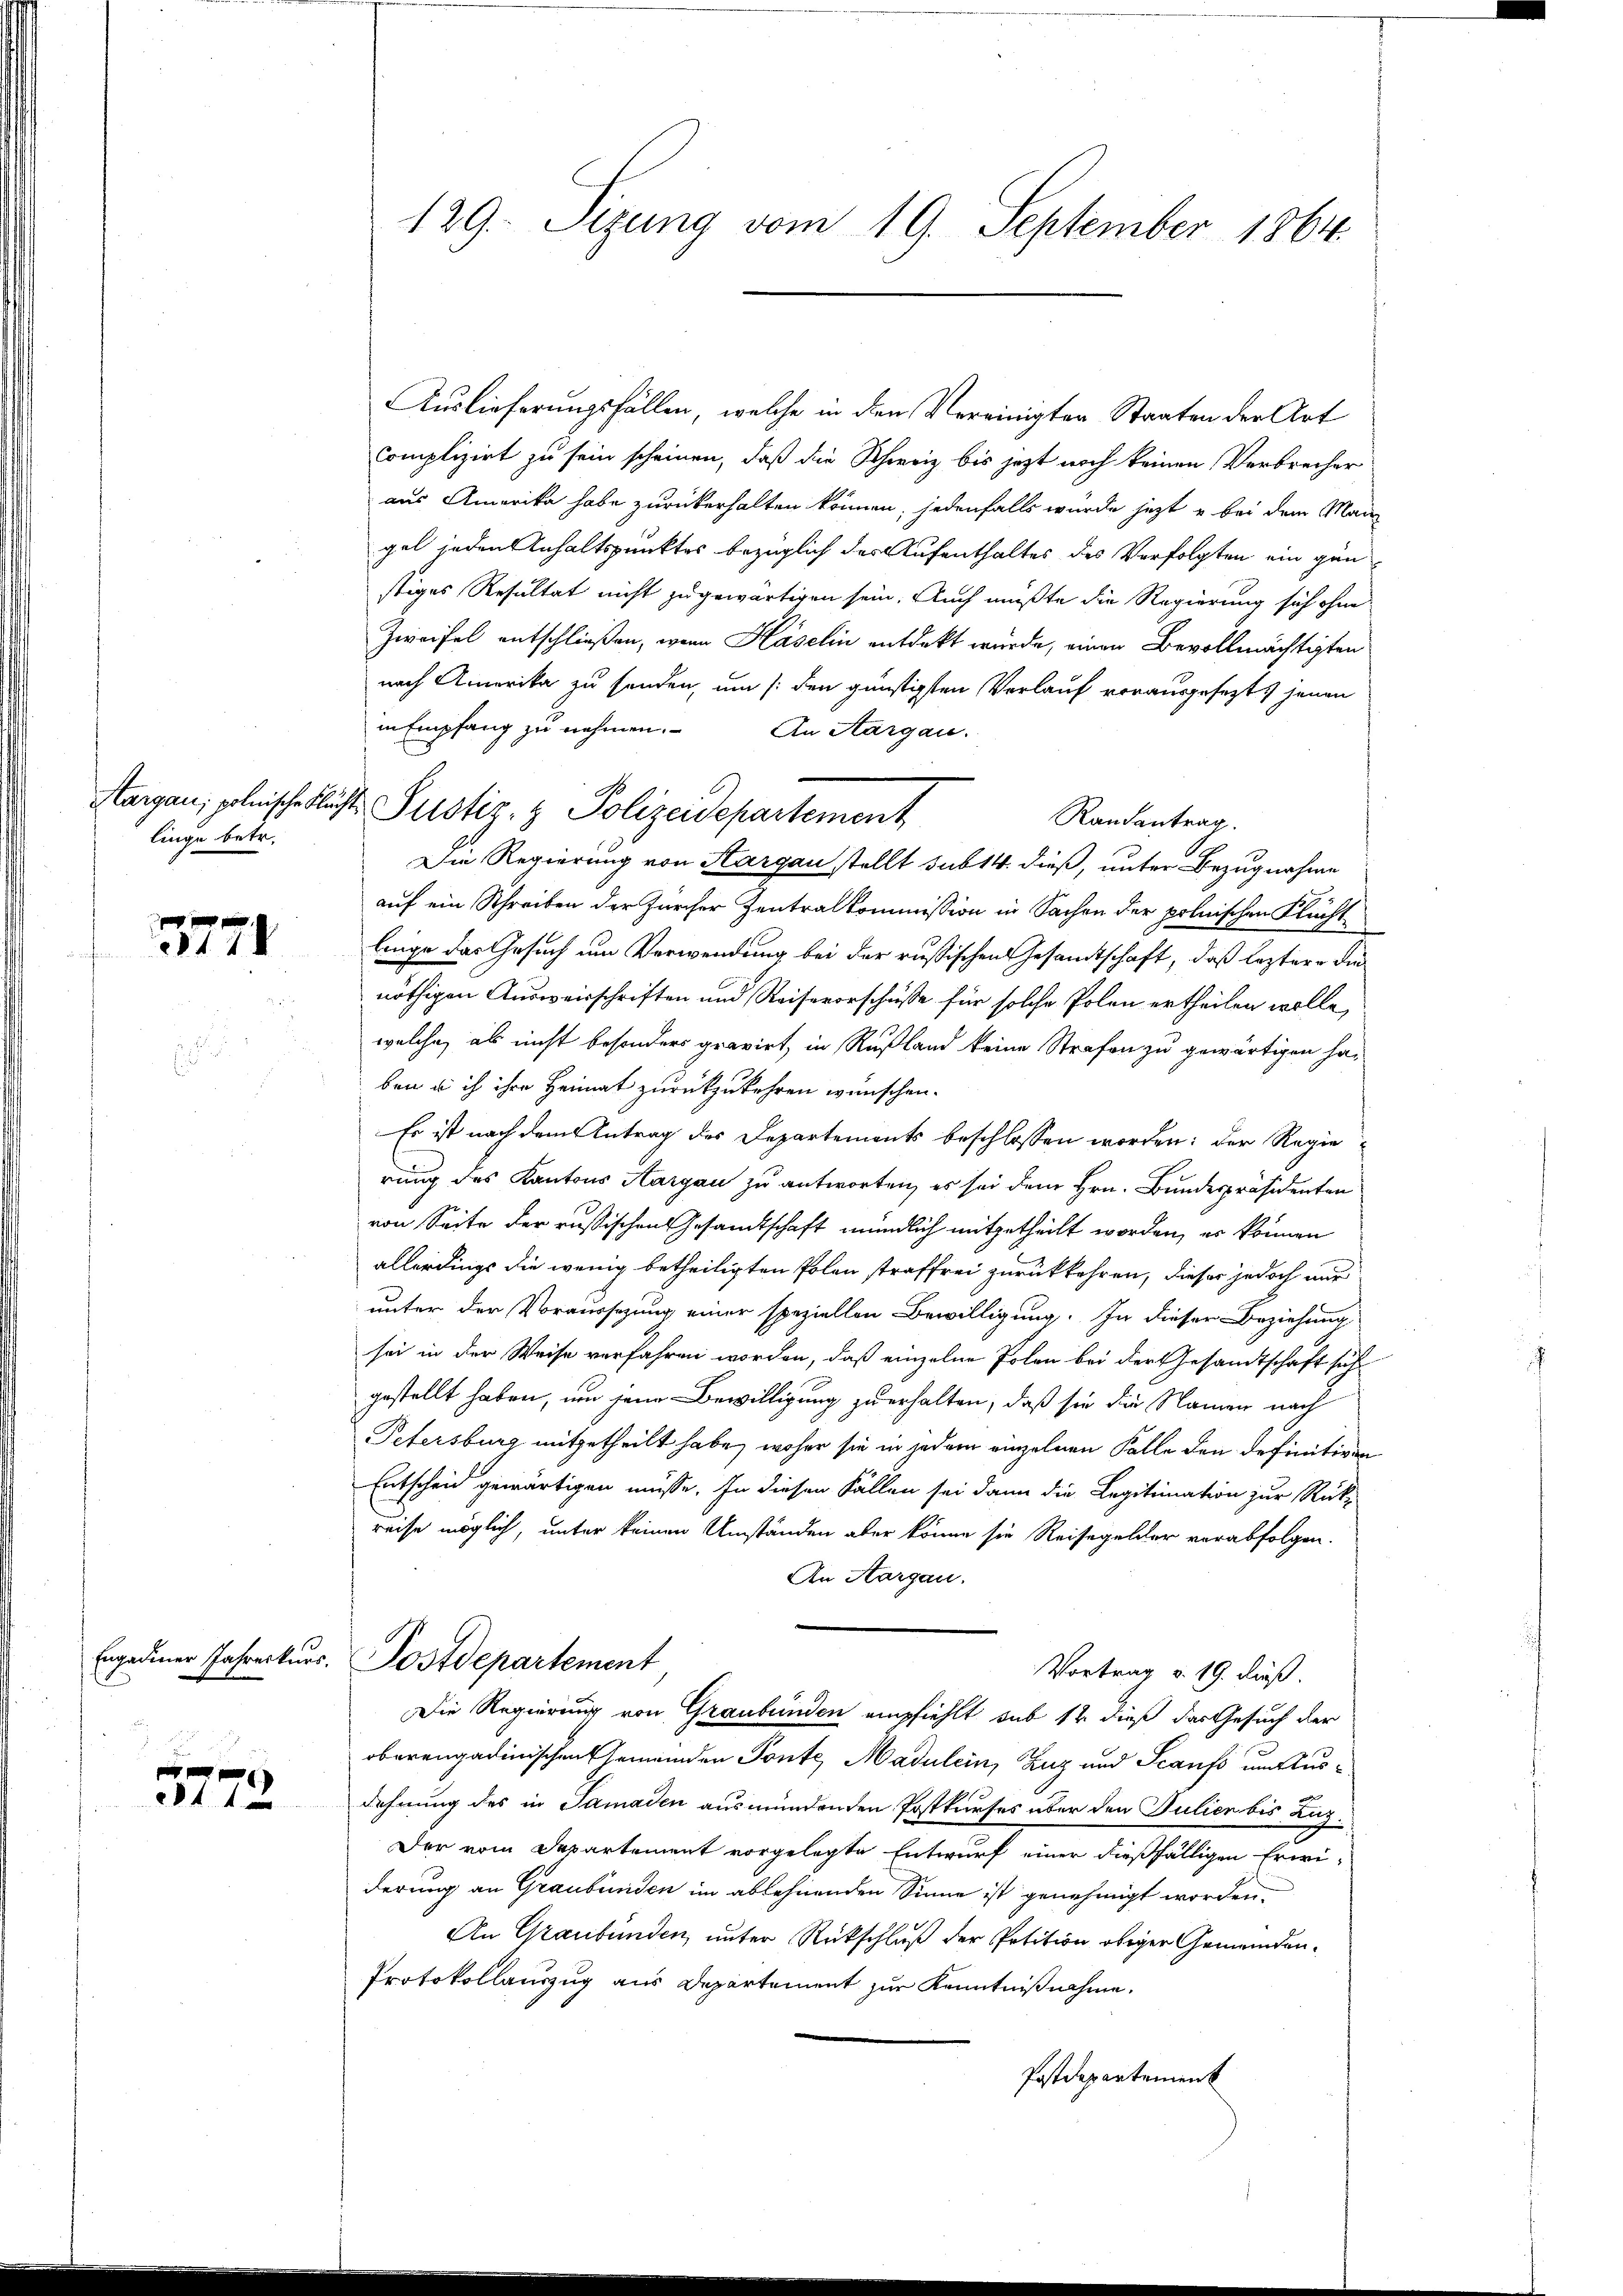
linge betr.

3771

x
284 f 0

Auslieferungsfällen, welche in den Vereinigter Staaten der Art
Complizirt zu sein scheinen, daß die Schweiz bis jetzt noch keinen Verbrecher
aus Amerika habe zurückerhalten können, jedenfalls wurde jetzt u bei dem Man
gel jeden Anhaltspunktes bezüglich der Aufenthaltes des Verfolgten ein gänstiges Resultat nicht zugewärtigen sein. Auch mußte die Regierung sich ohne
Zweifel entschließen, wenn Haselin entdeckt wurde, einen Bevollmächtigten
nach Amerika zu senden, um /: den günstigten Verlauf vorausgesezt, jenen
in Empfang zu nehmen.
An Aargau.
Randantrag.
Die Regierung von Sargau stellt sub 14. dieß, unter Bezugnahme
auf ein Schreiben der Zürcher Zentralkommission in Sachen der polnischen Flucht
linge das Gesuch um Verwendung bei der russischen Gesandtschaft, daß leztere die
nöthigen Ausweisschriften und Reisevorschüsse für solche Polen ertheilen wolle,
welche, als nicht besonders gravirt, in Rußland keine Strafen zu gewärtigen ha-
ben u ich ihre Heimat zurückzukehren wünschen.
Es ist nach dem Antrag des Departements beschlossen worden: der Regie-
rung des Kantons Aargau zu antworten, es sei dem Hrn. Bundespräsidenten
von Seite der russischen Gesandtschaft mündlich mitgetheilt worden, es können
allerdings die wenig betheiligten Polen straffrei zurückkehren, dieser jedoch nur
unter der Voraussezung einer speziellen Bewilligung. In dieser Beziehung
sei in der Weise verfahren worden, daß einzelne Polen bei der Gesandtschaft sich
gestellt haben, um jene Bewilligung zu erhalten, daß sie die Namen nach
Petersburg mitgetheilt habe, woher sie in jedem einzelnen Falle den definitiven
Entscheid gewärtigen müsse. In diesen Fällen sei dann die Legitimation zur Rück-
reise möglich, unter keinen Umständen aber könne sie Reisegelder verabfolgen.
An Aargau.
Engedener Jahreskurs. Postdepartement
Vortrag v. 19. Fuß.
Die Regierung von Graubünden empfiehlt sub 12 dieß das Gesuch der
oberengadinischen Gemeinden Ponte, Madulein, Zug und Scanfs um Ausdehnung des in Samaden ausmündenden Postkurses über den Julier bis Luz
Der vom Departement vorgelegte Entwurf einer dießfälligen Erwi-
derung an Graubünden im ablehnenden Sinne ist genehmigt worden.
An Graubünden, unter Rückschluß der Petition obiger Gemeinden¬
Protokollauszug aus Departement zur Kenntnißnahme.
Postdepartement

129. Sizung vom 19. September 1864.

Aargau, polnische Flucht Justiz- & Polizeidepartement